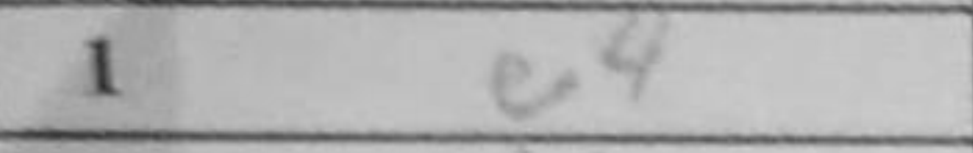
Transcription: e4